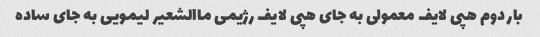
بار دوم هپی لایف معمولی به جای هپی لایف رژیمی ماالشعیر لیمویی به جای ساده